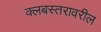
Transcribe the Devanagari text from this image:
क्लबस्तरावरील